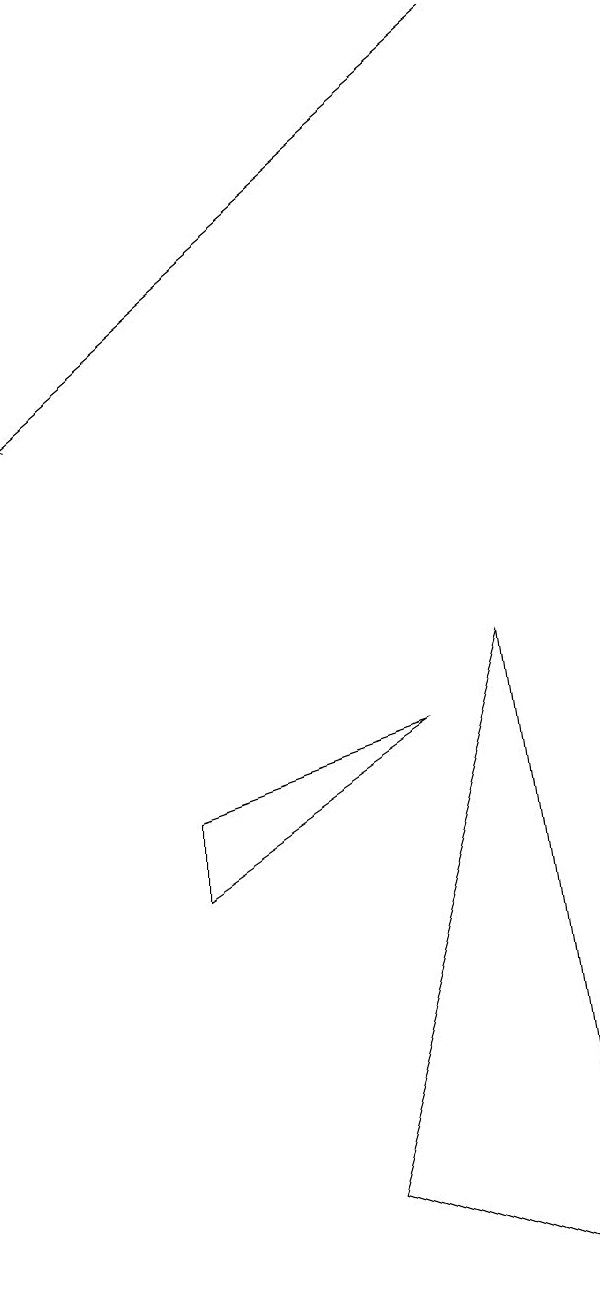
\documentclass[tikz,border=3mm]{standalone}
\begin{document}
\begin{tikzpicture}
\draw (3,5) -- (6,7) -- (3,6) -- cycle;
\draw (7,8) -- (5,1) -- (8,0) -- cycle;
\draw[->] (7,16) -- (1,11);
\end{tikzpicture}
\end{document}